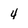
Character: 4